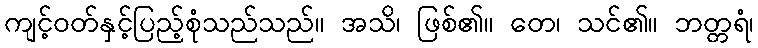
ကျင့်ဝတ်နှင့်ပြည့်စုံသည်သည်။ အသိ၊ ဖြစ်၏။ တေ၊ သင်၏။ ဘတ္တရံ၊